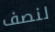
لنصف